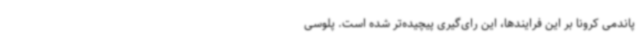
پاندمی کرونا بر این فرایندها، این رای‌گیری پیچیده‌تر شده است. پلوسی